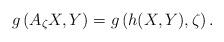
LaTeX: \begin{align*} g\left(A_{\zeta} X,Y\right)=g\left(h(X,Y),\zeta\right).\end{align*}